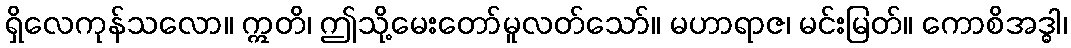
ရှိလေကုန်သလော။ ဣတိ၊ ဤသို့မေးတော်မူလတ်သော်။ မဟာရာဇ၊ မင်းမြတ်။ ကောစိအဒ္ဓါ၊